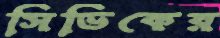
সিভিকের